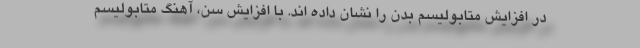
در افزایش متابولیسم بدن را نشان داده اند. با افزایش سن، آهنگ متابولیسم